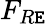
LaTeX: F_{R\mathtt{E}}